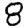
Digit: 8